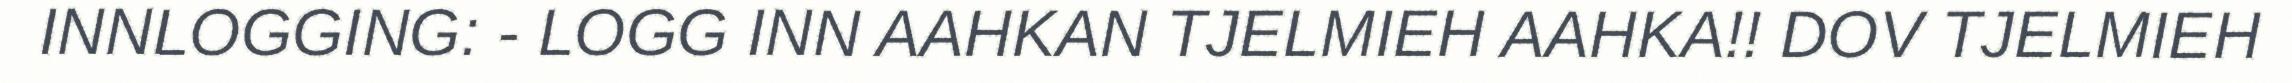
INNLOGGING: - LOGG INN AAHKAN TJELMIEH AAHKA!! DOV TJELMIEH